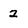
Character: 2